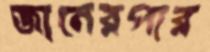
জানেরপার